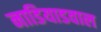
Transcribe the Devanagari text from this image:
नाडियाडवाल